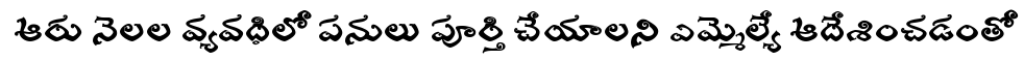
ఆరు నెలల వ్యవధిలో పనులు పూర్తి చేయాలని ఎమ్మెల్యే ఆదేశించడంతో